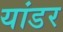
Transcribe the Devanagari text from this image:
यांडर